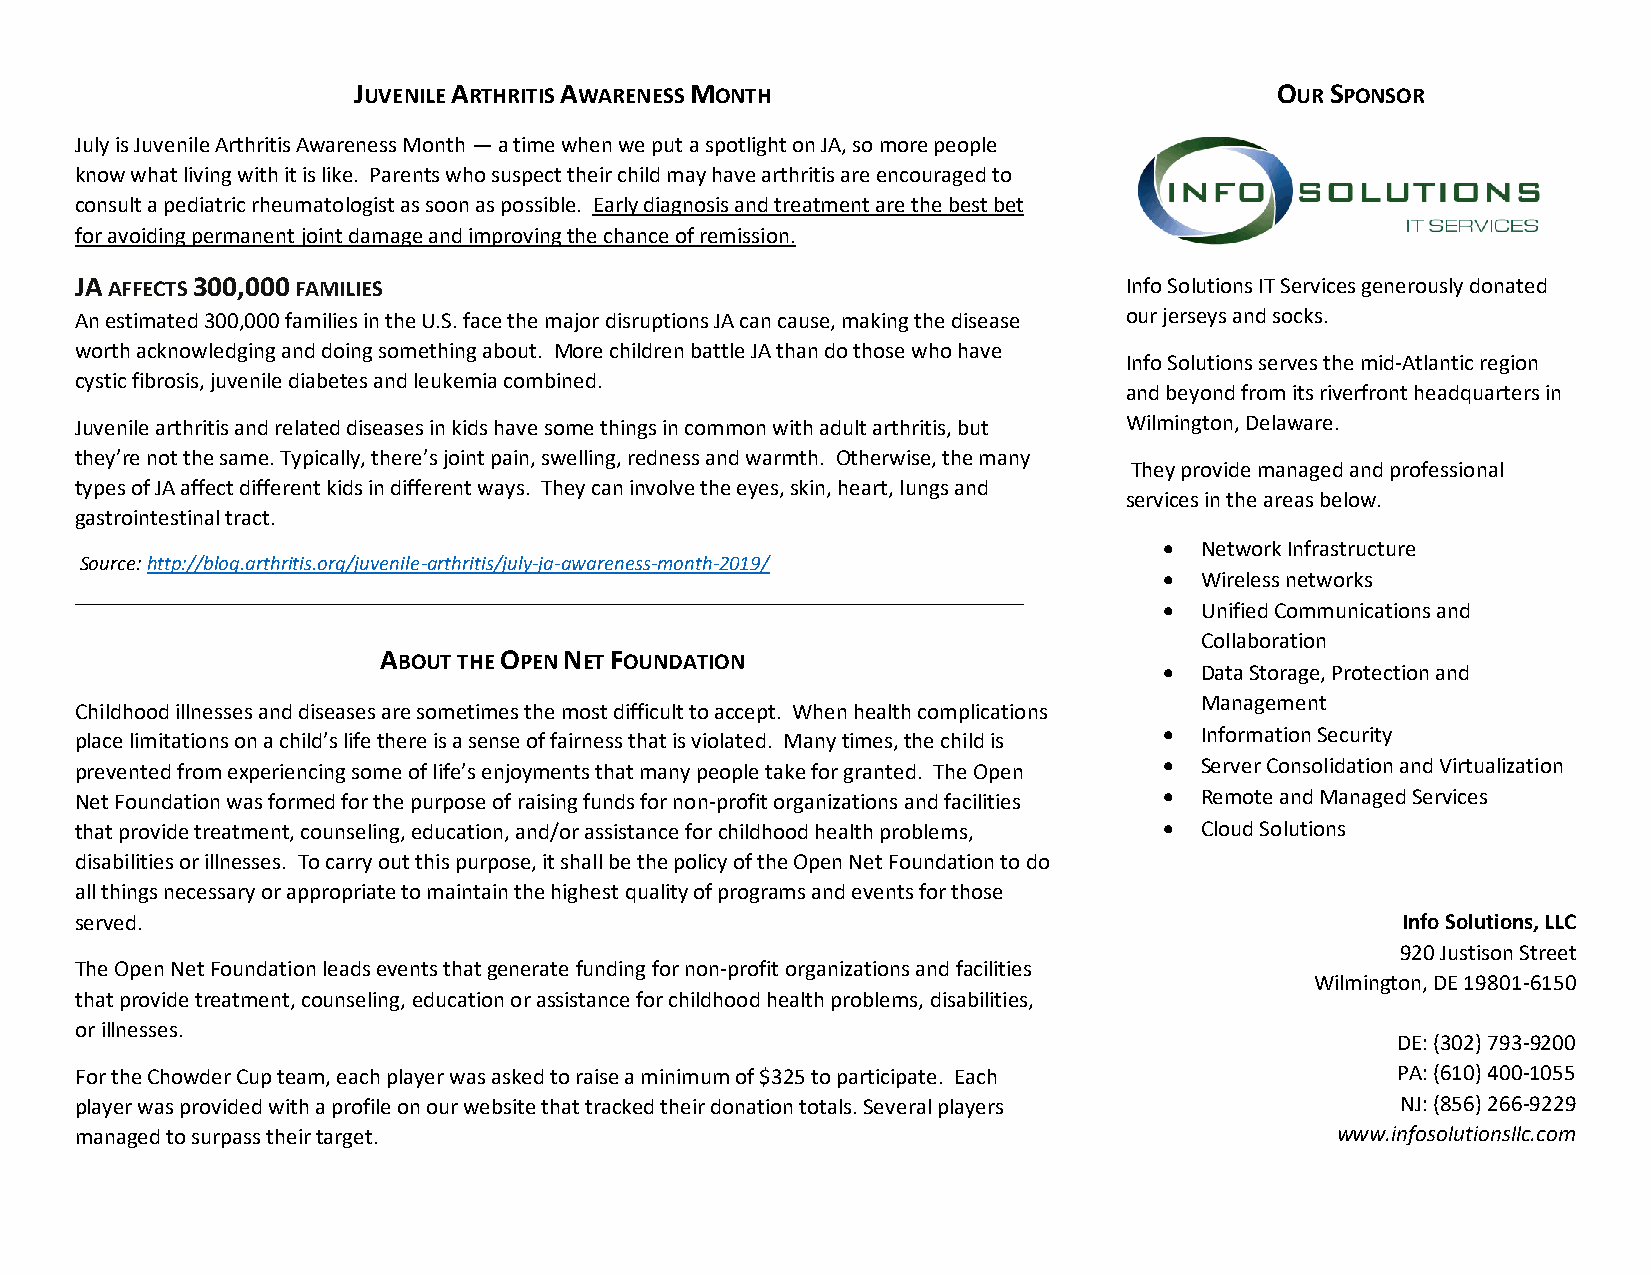
JUVENILE ARTHRITIS AWARENESS MONTH                           OUR SPONSOR
 July is Juvenile Arthritis Awareness Month — a time when we put a spotlight on JA, so more people
 know what living with it is like. Parents who suspect their child may have arthritis are encouraged to
 consult a pediatric rheumatologist as soon as possible. Early diagnosis and treatment are the best bet
 for avoiding permanent joint damage and improving the chance of remission.
 JA AFFECTS 300,000 FAMILIES                                          Info Solutions IT Services generously donated
 An estimated 300,000 families in the U.S. face the major disruptions JA can cause, making the disease our jerseys and socks.
 worth acknowledging and doing something about. More children battle JA than do those who have
 Info Solutions serves the mid-Atlantic region
 cystic fibrosis, juvenile diabetes and leukemia combined.
 and beyond from its riverfront headquarters in
 Juvenile arthritis and related diseases in kids have some things in common with adult arthritis, but Wilmington, Delaware.
 they’re not the same. Typically, there’s joint pain, swelling, redness and warmth. Otherwise, the many
 They provide managed and professional
 types of JA affect different kids in different ways. They can involve the eyes, skin, heart, lungs and
 services in the areas below.
 gastrointestinal tract.
 • Network Infrastructure
 Source: http://blog.arthritis.org/juvenile-arthritis/july-ja-awareness-month-2019/
 • Wireless networks
 • Unified Communications and
 Collaboration
 ABOUT THE OPEN NET FOUNDATION
 • Data Storage, Protection and
 Management
 Childhood illnesses and diseases are sometimes the most difficult to accept. When health complications
 • Information Security
 place limitations on a child’s life there is a sense of fairness that is violated. Many times, the child is
 prevented from experiencing some of life’s enjoyments that many people take for granted. The Open • Server Consolidation and Virtualization
 Net Foundation was formed for the purpose of raising funds for non-profit organizations and facilities • Remote and Managed Services
 that provide treatment, counseling, education, and/or assistance for childhood health problems, • Cloud Solutions
 disabilities or illnesses. To carry out this purpose, it shall be the policy of the Open Net Foundation to do
 all things necessary or appropriate to maintain the highest quality of programs and events for those
 served.                                                                                 Info Solutions, LLC
 920 Justison Street
 The Open Net Foundation leads events that generate funding for non-profit organizations and facilities
 Wilmington, DE 19801-6150
 that provide treatment, counseling, education or assistance for childhood health problems, disabilities,
 or illnesses.
 DE: (302) 793-9200
 For the Chowder Cup team, each player was asked to raise a minimum of $325 to participate. Each PA: (610) 400-1055
 player was provided with a profile on our website that tracked their donation totals. Several players NJ: (856) 266-9229
 managed to surpass their target.                                                   www.infosolutionsllc.com